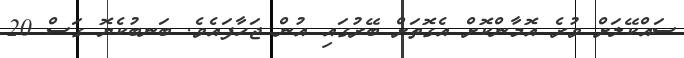
ސައްކޭލަށް ވުރެ އޮމާންކޮށް އެގޮތަށް ބޭރުގައި އުން ޖަހާފައެވެ. ބަނބުކެޔޮ ގަސް 20